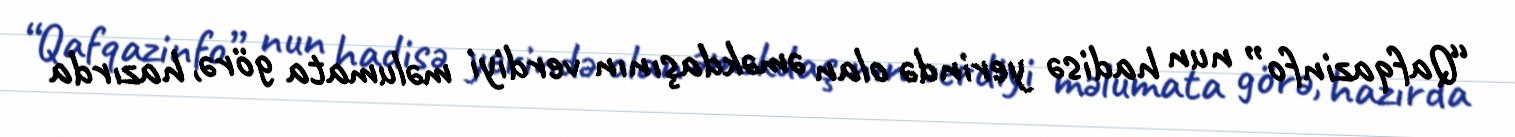
“Qafqazinfo” nun hadisə yerində olan əməkdaşının verdiyi məlumata görə, hazırda